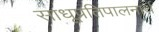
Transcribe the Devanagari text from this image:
साधूप्रतिपालनार्थ